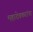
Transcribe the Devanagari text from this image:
महादेवकरांना